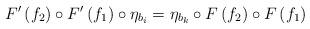
LaTeX: \begin{align*}F^{\prime}\left(f_{2}\right)\circ F^{\prime}\left(f_{1}\right)\circ\eta_{b_{i}}=\eta_{b_{k}}\circ F\left(f_{2}\right)\circ F\left(f_{1}\right)\end{align*}